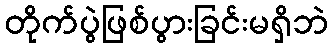
တိုက်ပွဲဖြစ်ပွားခြင်းမရှိဘဲ